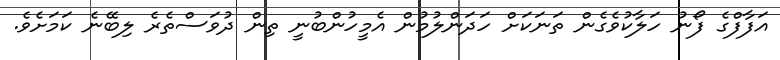
އަފާފްގެ ފޯނު ހަލާކުވެގެން ތަނަކަށް ހަދަންލުމުން އެމީހުންބުނީ ތިން ދުވަސްތެރެ ލިބޭނެ ކަމަށެވެ.